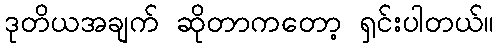
ဒုတိယအချက် ဆိုတာကတော့ ရှင်းပါတယ်။